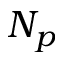
N _ { p }